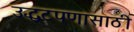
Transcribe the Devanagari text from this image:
उद्धटपणासाठी